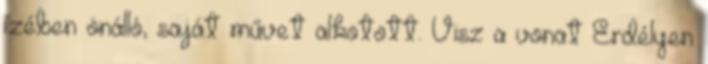
ízében önálló, saját művet alkotott. Visz a vonat Erdélyen